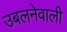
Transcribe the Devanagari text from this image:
उबलनेवाली